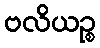
ဗလိယဉ္စ